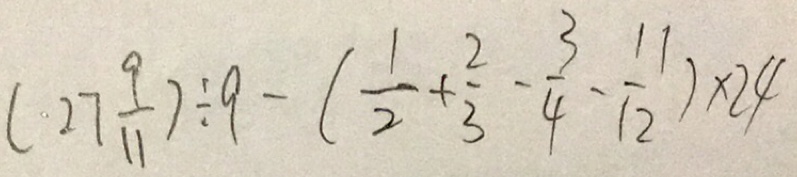
( 2 7 \frac { 9 } { 1 1 } ) \div 9 - ( \frac { 1 } { 2 } + \frac { 2 } { 3 } - \frac { 3 } { 4 } - \frac { 1 1 } { 1 2 } ) \times 2 4